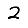
Digit: 2